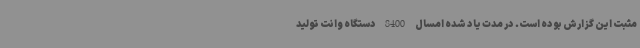
مثبت این گزارش بوده است. در مدت یاد شده امسال 8400دستگاه وانت تولید